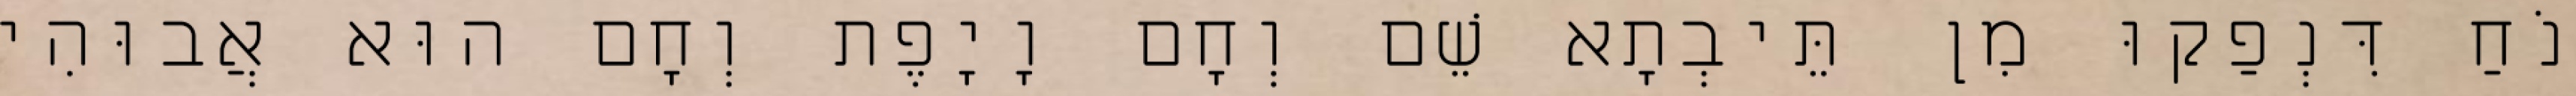
נֹחַ דִּנְפַקוּ מִן תֵּיבְתָא שֵׁם וְחָם וָיָפֶת וְחָם הוּא אֲבוּהִי